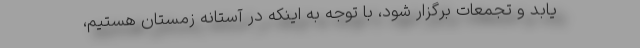
یابد و تجمعات برگزار شود، با توجه به اینکه در آستانه زمستان هستیم،